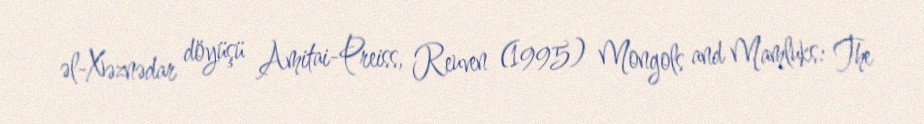
əl-Xəznədar döyüşü Amitai-Preiss, Reuven (1995) Mongols and Mamluks: The